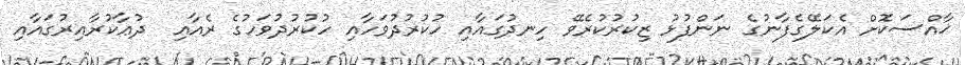
ޚާއްސަކޮށް އެކަލޭގެފާނުގެ ނަންފުޅު ޒިކުރުކުރެވޭ ހިނދުގައާއި ހުކުރުދުވަހާއި ހުކުރުދުވަހުގެ ރެއާއި  ދުޢާކުރާއިރުގައާއި